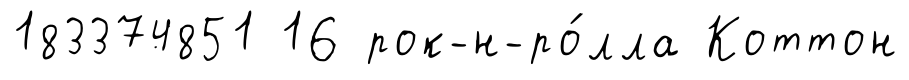
183374851 16 рок-н-ро́лла Коттон